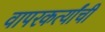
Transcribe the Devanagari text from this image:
वापरकर्त्यांची